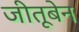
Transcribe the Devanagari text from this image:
जीतूबेन